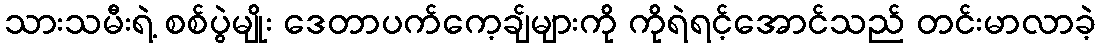
သားသမီးရဲ့ စစ်ပွဲမျိုး ဒေတာပက်ကေ့ချ်များကို ကိုရဲရင့်အောင်သည် တင်းမာလာခဲ့